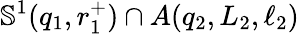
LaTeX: \mathbb{S}^{1}(q_{1},r_{1}^{+})\cap A\! \left(q_{2},L_{2},\ell_{2}\right)